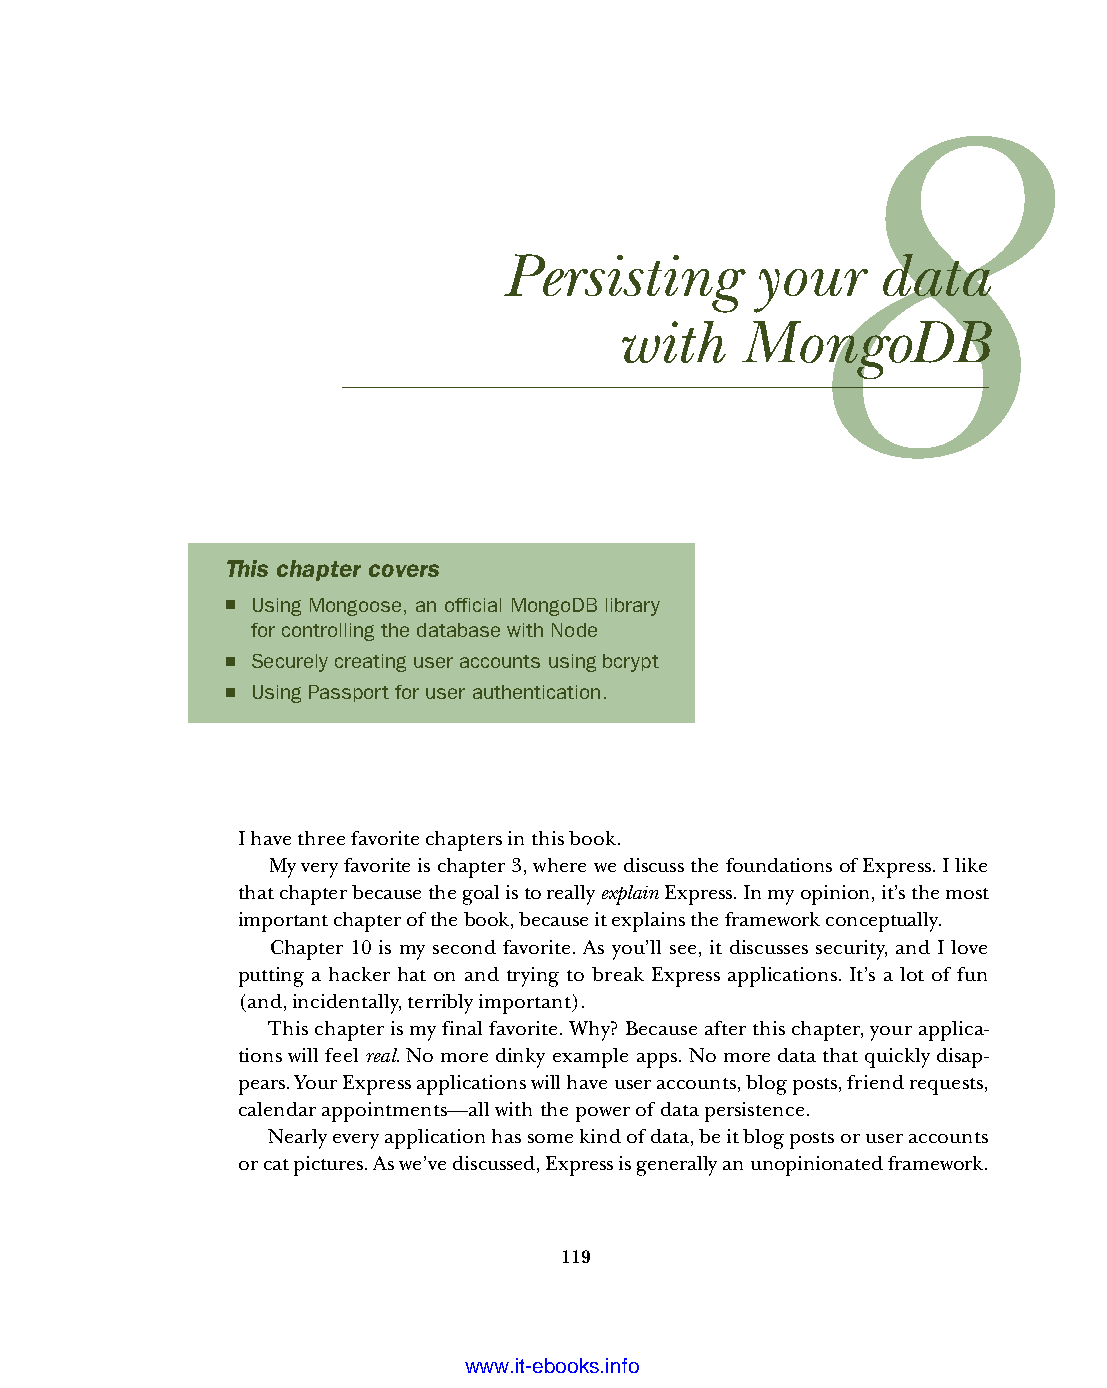
Persisting       your    data
 with    MongoDB
 This chapter covers
 ■ Using Mongoose, an official MongoDB library
 for controlling the database with Node
 ■ Securely creating user accounts using bcrypt
 ■ Using Passport for user authentication.
 I have three favorite chapters in this book.
 My very favorite is chapter 3, where we discuss the foundations of Express. I like
 that chapter because the goal is to really explain Express. In my opinion, it’s the most
 important chapter of the book, because it explains the framework conceptually.
 Chapter 10 is my second favorite. As you’ll see, it discusses security, and I love
 putting a hacker hat on and trying to break Express applications. It’s a lot of fun
 (and, incidentally, terribly important).
 This chapter is my final favorite. Why? Because after this chapter, your applica-
 tions will feel real. No more dinky example apps. No more data that quickly disap-
 pears. Your Express applications will have user accounts, blog posts, friend requests,
 calendar appointments—all with the power of data persistence.
 Nearly every application has some kind of data, be it blog posts or user accounts
 or cat pictures. As we’ve discussed, Express is generally an unopinionated framework.
 119
 Licensed wtow w <.mit-ielebro.8o8k8s@.ingfomail.com>